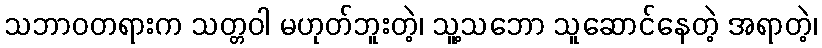
သဘာဝတရားက သတ္တဝါ မဟုတ်ဘူးတဲ့၊ သူ့သဘော သူဆောင်နေတဲ့ အရာတဲ့၊